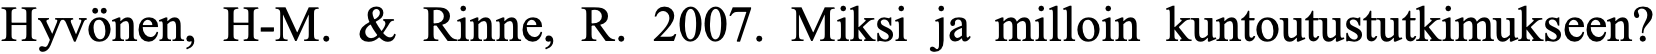
Hyvönen, H-M. & Rinne, R. 2007. Miksi ja milloin kuntoutustutkimukseen?